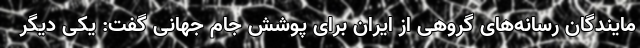
مایندگان رسانه‌های گروهی از ایران برای پوشش جام جهانی گفت: یکی دیگر